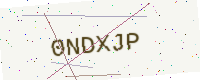
Text: 0NDXJP